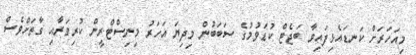
މިއަހަރަށް ކަނޑައެޅިފައިވާ ބަޖެޓް ކުޑަވުމުގެ ސަބަބުން މިދިޔަ އަހަރު މިނިސްޓްރީން ކުރިވަރާއި ގާތަށްވެސް